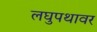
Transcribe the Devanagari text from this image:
लघुपथावर